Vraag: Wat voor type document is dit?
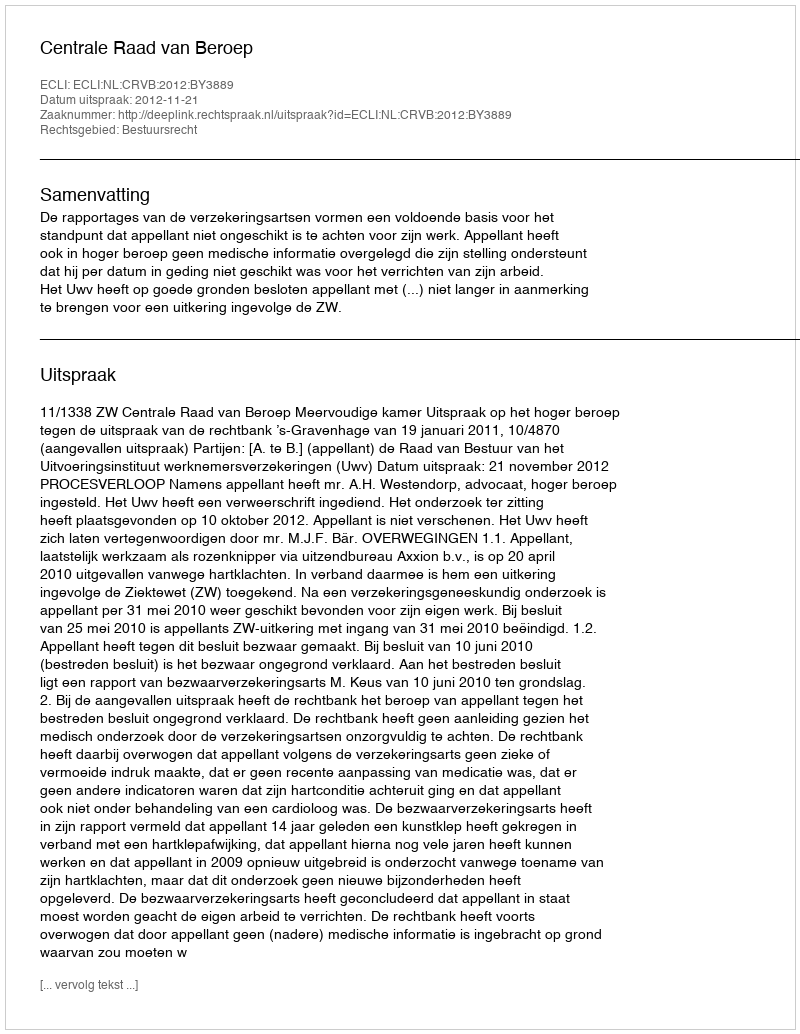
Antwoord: Uitspraak